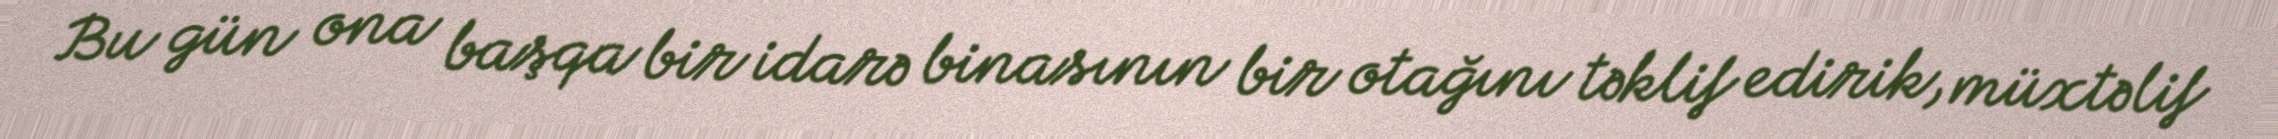
Bu gün ona başqa bir idarə binasının bir otağını təklif edirik, müxtəlif